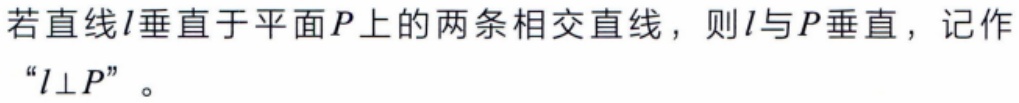
若直线\(l\)垂直于平面\(P\)上的两条相交直线，则\(l\)与\(P\)垂直，记作“\(l\perp P\)”。